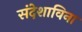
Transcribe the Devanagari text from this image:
संदेशाविना